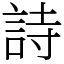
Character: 詩